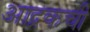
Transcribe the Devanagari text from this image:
आद्रकची